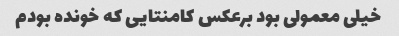
خیلی معمولی بود برعکس کامنتایی که خونده بودم